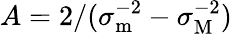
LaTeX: A=2/(\sigma_{\mathrm{m}}^{-2}-\sigma_{\mathrm{M}}^{-2})